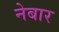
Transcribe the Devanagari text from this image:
नेबार